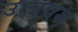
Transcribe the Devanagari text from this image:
उत्पन्नश्